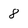
Character: 8